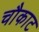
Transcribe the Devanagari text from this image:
चौकाट